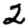
Digit: 2